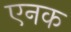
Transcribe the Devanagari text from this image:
एनक